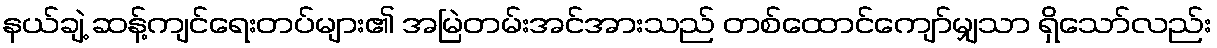
နယ်ချဲ့ ဆန့်ကျင်ရေးတပ်များ၏ အမြဲတမ်းအင်အားသည် တစ်ထောင်ကျော်မျှသာ ရှိသော်လည်း